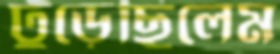
ঢুঁড়েছিলেম